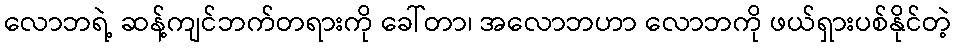
လောဘရဲ့ ဆန့်ကျင်ဘက်တရားကို ခေါ်တာ၊ အလောဘဟာ လောဘကို ဖယ်ရှားပစ်နိုင်တဲ့